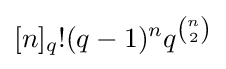
[n]_{q}!(q-1)^{n}q^{n \choose 2}